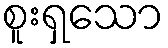
စူးရှသော